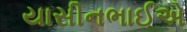
યાસીનભાઈએ